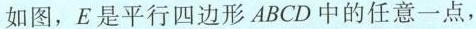
如图，E是平行四边形ABCD中的任意一点，